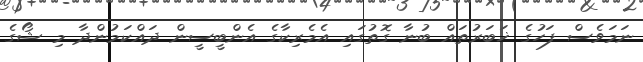
ނަމަވެސް ފަހުގެ ޚަބަރުތައް ބުނާ ގޮތުގައި އެމެރިކާގެ އެންބީސީން ދައްކަމުންދާ މި ޝޯގެ